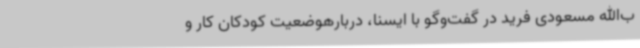
ب‌الله مسعودی فرید در گفت‌وگو با ایسنا، دربارهوضعیت کودکان کار و